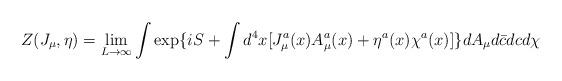
LaTeX: \begin{align*}Z(J_{\mu}, \eta)= \lim_{L \rightarrow \infty} \int \exp \{iS+ \int d^4x[J_{\mu}^a(x)A_{\mu}^a(x)+ \eta^a(x) \chi^a(x)] \}dA_{\mu}d \bar{c}dc d \chi \end{align*}